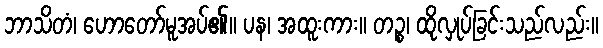
ဘာသိတံ၊ ဟောတော်မူအပ်၏။ ပန၊ အထူးကား။ တဉ္စ၊ ထိုလှုပ်ခြင်းသည်လည်း။